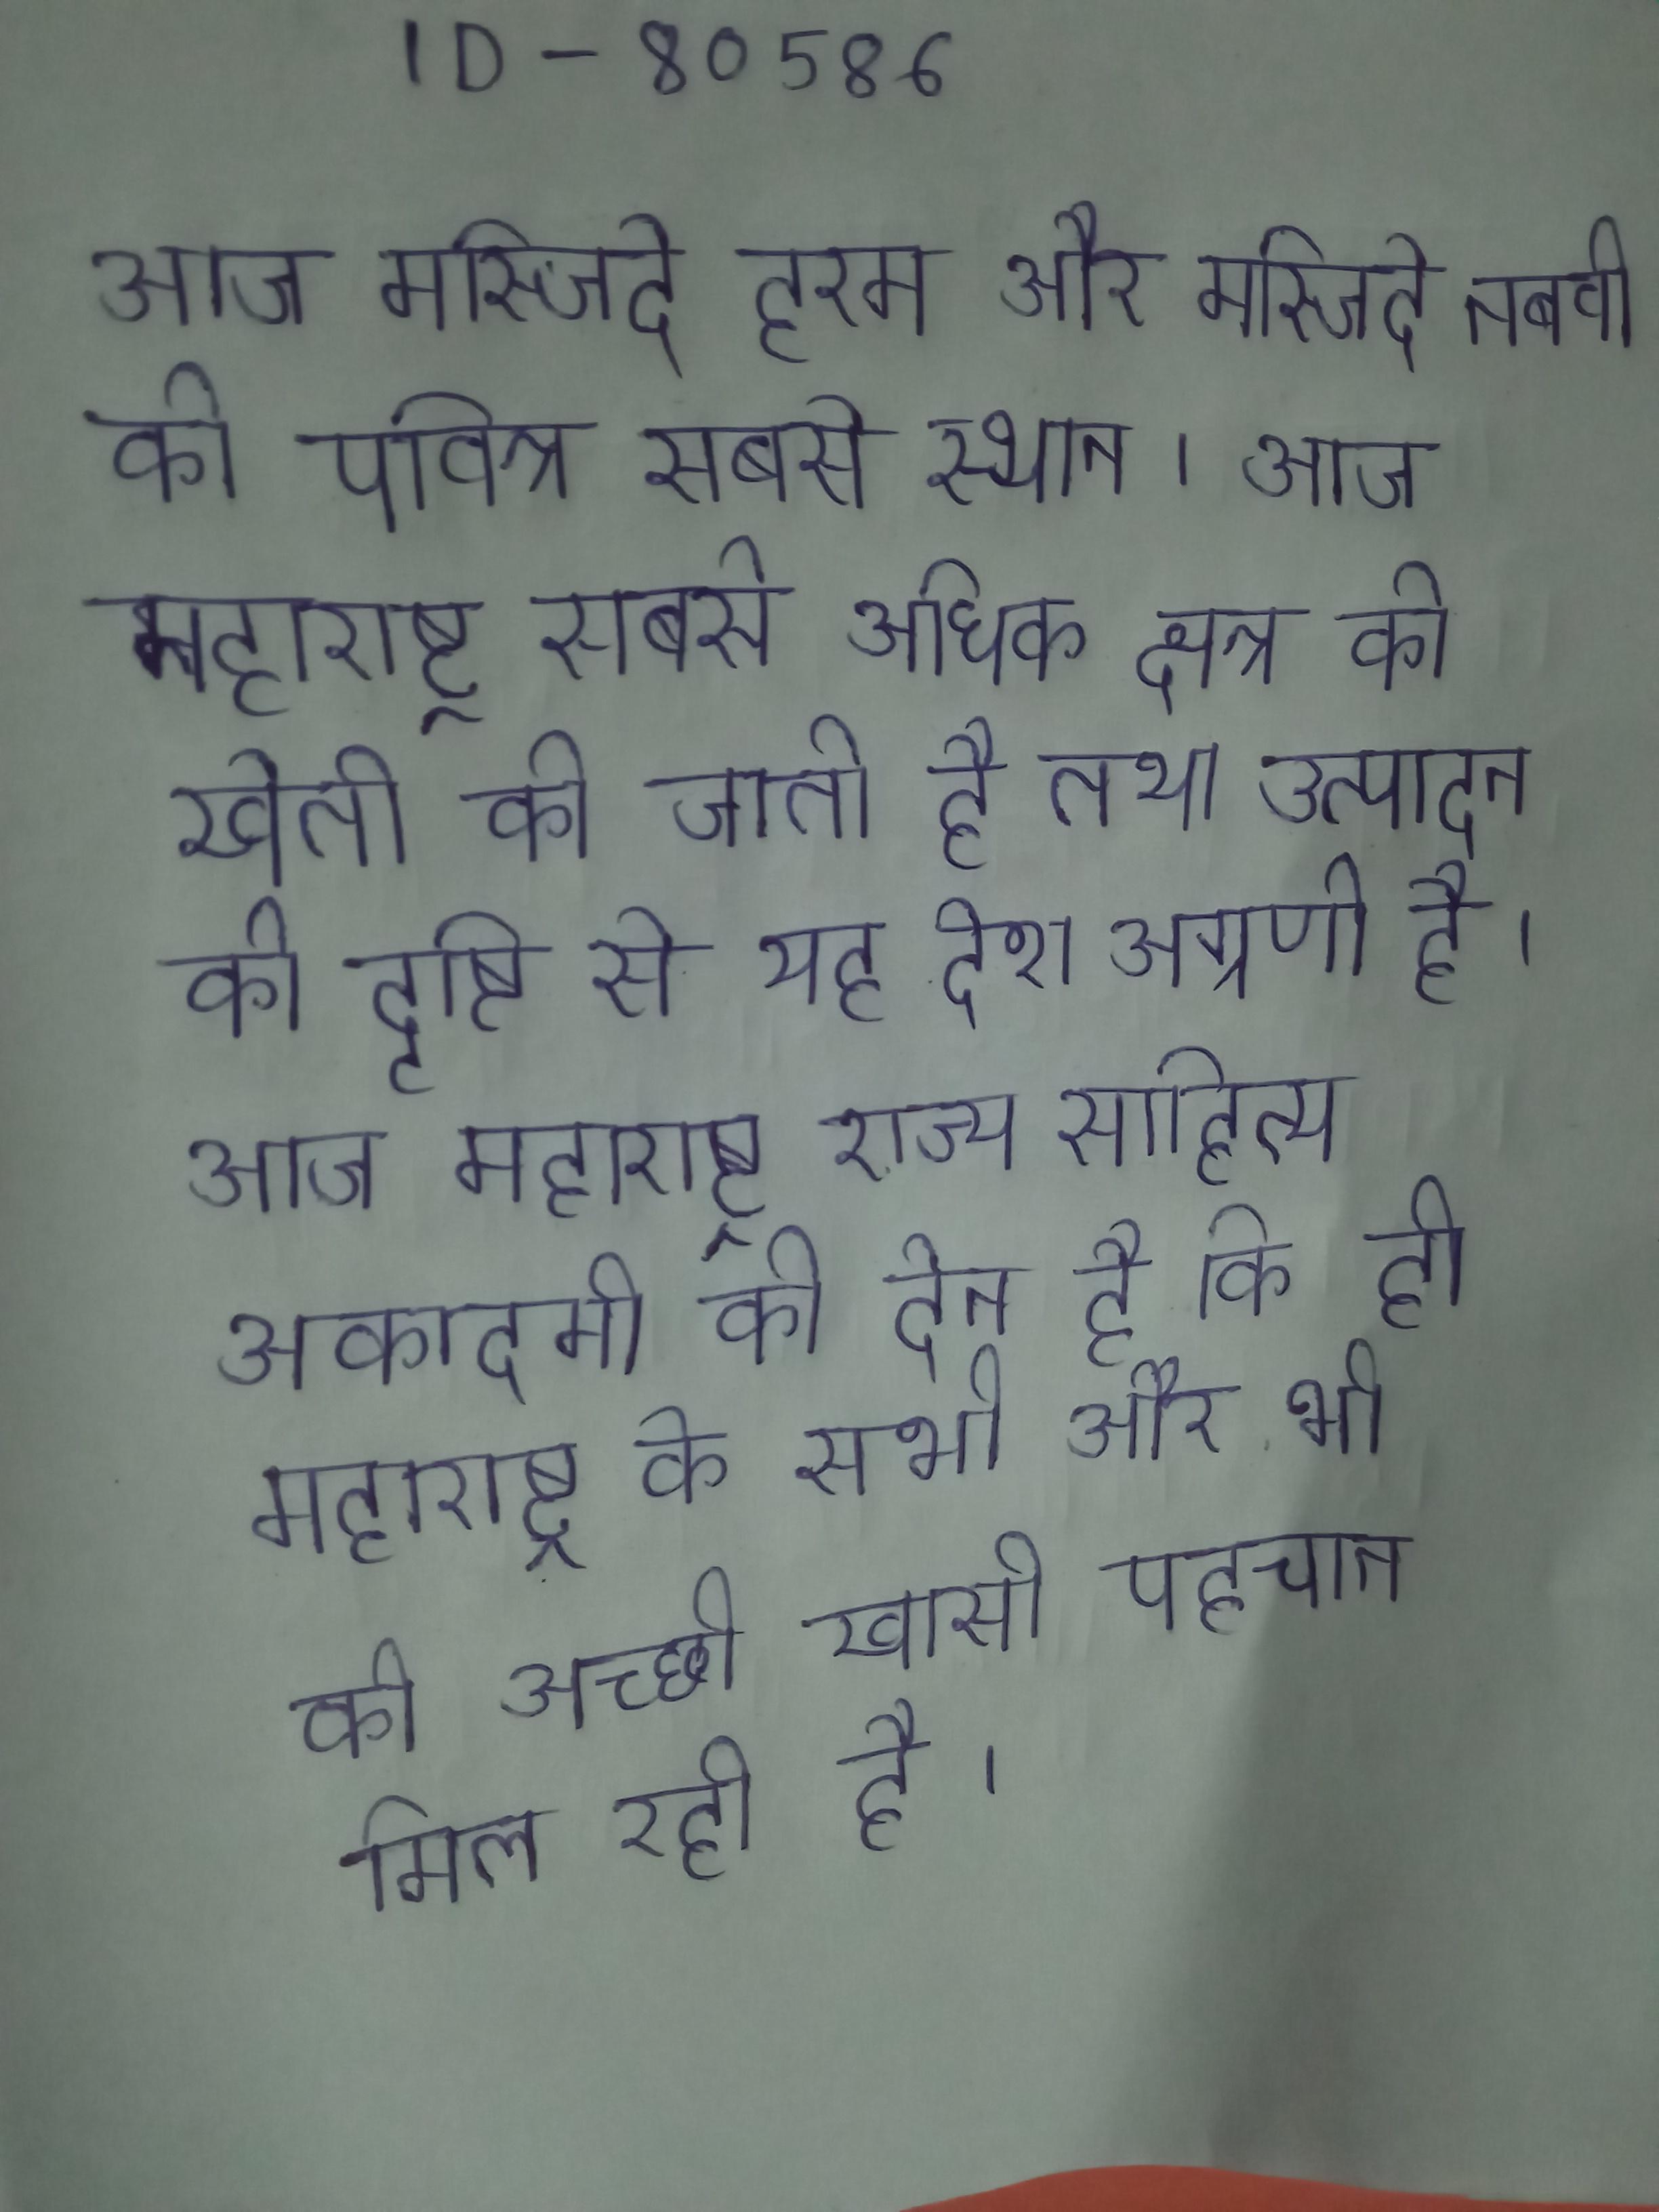
आज मस्जिदे हरम और मस्जिदे नबवी की पवित्र सबसे स्थान । आज महाराष्ट्र सबसे अधिक क्षेत्र की खेती की जाती है तथा उत्पादन की दृष्टि से यह देश अग्रणी है । आज महाराष्ट्र राज्य साहित्य अकादमी की देन है कि ही महाराष्ट्र के सभी और भी को अच्छी खासी पहचान मिल रही है ।